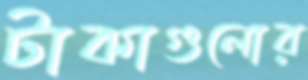
টাকাগুলোর